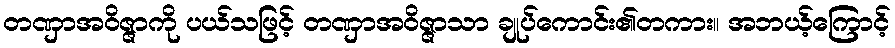
တဏှာအဝိဇ္ဇာကို ပယ်သဖြင့် တဏှာအဝိဇ္ဇာသာ ချုပ်ကောင်း၏တကား။ အဘယ့်ကြောင့်